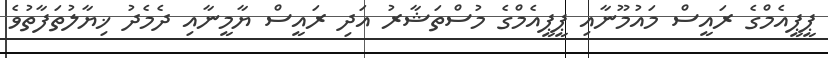
ޕީޕީއެމްގެ ރައީސް މައުމޫނާއި ޕީޕީއެމްގެ މުސްތަޝާރު އަދި ރައީސް ޔާމީނާއި ދެމެދު ޚިޔާލުތަފާތުވެ